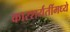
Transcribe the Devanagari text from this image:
कारशर्यतींमध्ये